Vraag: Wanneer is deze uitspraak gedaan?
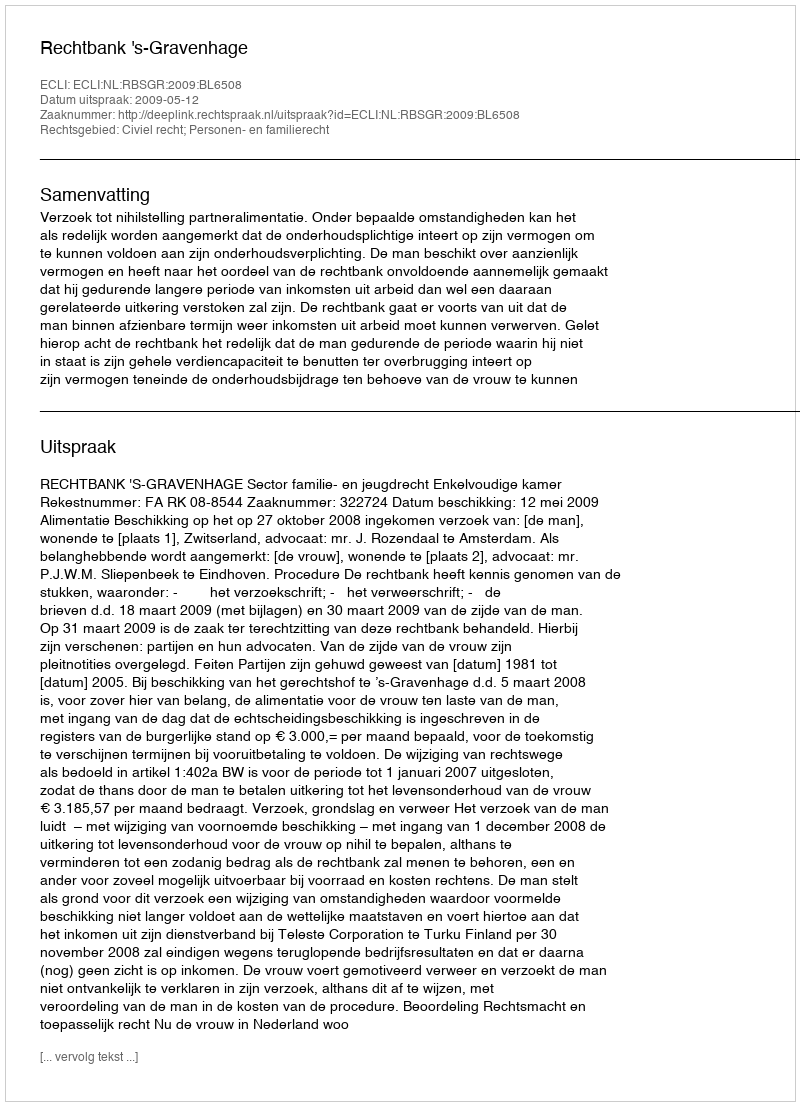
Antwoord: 2009-05-12